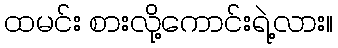
ထမင်း စားလို့ကောင်းရဲ့လား။